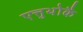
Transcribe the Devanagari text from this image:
एत्तुथोकै